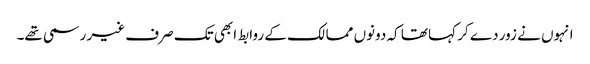
انہوں نے زور دے کر کہا تھا کہ دونوں ممالک کے روابط ابھی تک صرف غیر رسمی تھے۔